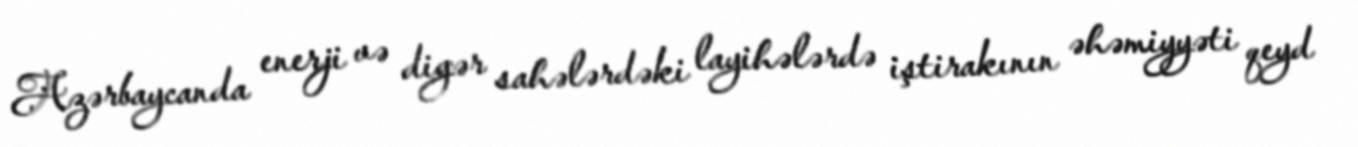
Azərbaycanda enerji və digər sahələrdəki layihələrdə iştirakının əhəmiyyəti qeyd